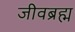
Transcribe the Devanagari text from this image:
जीवब्रह्म